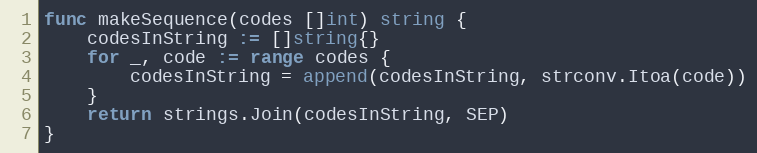
Language: Go
func makeSequence(codes []int) string {
	codesInString := []string{}
	for _, code := range codes {
		codesInString = append(codesInString, strconv.Itoa(code))
	}
	return strings.Join(codesInString, SEP)
}